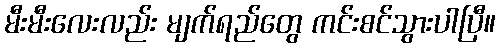
မီးမီးလေးလည်း မျက်ရည်တွေ ကင်းစင်သွားပါပြီ။